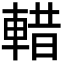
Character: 𮝖